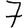
Digit: 7